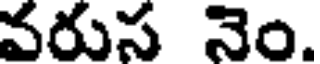
వరుస నెం.